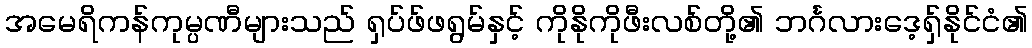
အမေရိကန်ကုမ္ပဏီများသည် ရှပ်ဖ်ဖရွမ်နှင့် ကိုနိုကိုဖီးလစ်တို့၏ ဘင်္ဂလားဒေ့ရှ်နိုင်ငံ၏